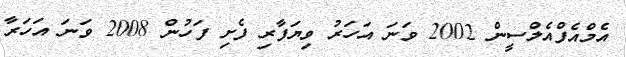
އެމްއެފްއެލްސީން 2002 ވަނަ އަހަރު ވިޔަފާރި ފެށި ފަހުން 2008 ވަނަ އަހަރާ